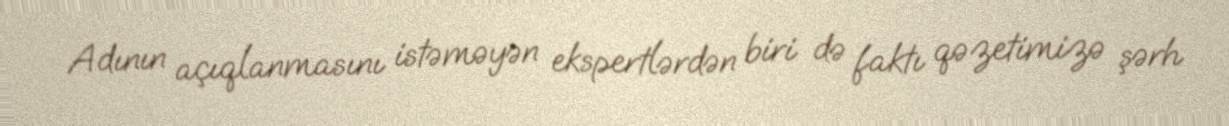
Adının açıqlanmasını istəməyən ekspertlərdən biri də faktı qəzetimizə şərh